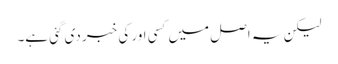
لیکن یہ اصل میں‌کسی اور کی خبر دی گئی ہے۔